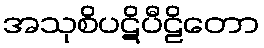
အသုစိပဋိပီဠိတော